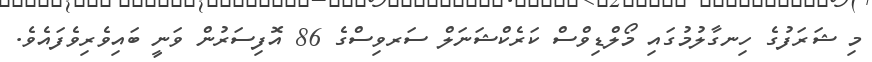
މި ޝަރަފުގެ ހިނގާލުމުގައި މޯލްޑިވްސް ކަރެކްޝަނަލް ސަރވިސްގެ 86 އޮފިސަރުން ވަނީ ބައިވެރިވެފައެވެ.